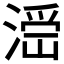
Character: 𣺧